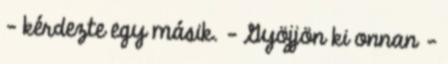
- kérdezte egy másik. - Gyöjjön ki onnan -